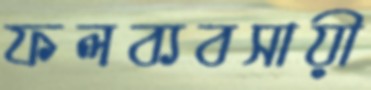
ফলব্যবসায়ী